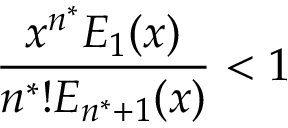
\frac { x ^ { n ^ { * } } E _ { 1 } ( x ) } { n ^ { * } ! E _ { n ^ { * } + 1 } ( x ) } < 1